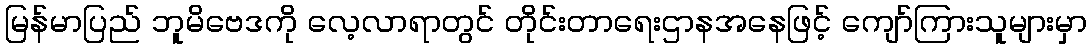
မြန်မာပြည် ဘူမိဗေဒကို လေ့လာရာတွင် တိုင်းတာရေးဌာနအနေဖြင့် ကျော်ကြားသူများမှာ